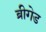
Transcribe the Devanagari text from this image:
ब्रीगेड